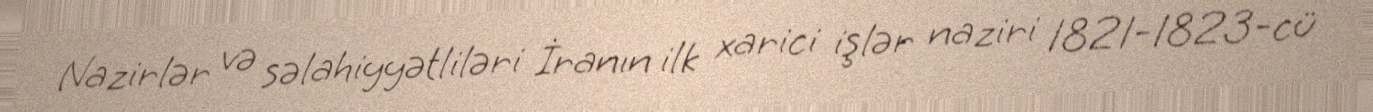
Nazirlər və səlahiyyətliləri İranın ilk xarici işlər naziri 1821-1823-cü